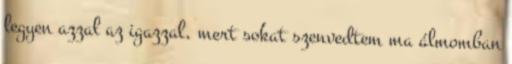
legyen azzal az igazzal, mert sokat szenvedtem ma álmomban